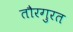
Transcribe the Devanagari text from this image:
तौरगुरत